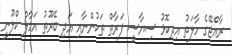
ރާއްޖޭގެ ހާލަތު އިދިކޮޅު ސިޔާސީ ފަރާތް ތަކުންނާއި އަދި ބޭރޫތު އަމާލް ކްލޫނީ